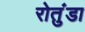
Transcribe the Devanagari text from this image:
रोतुंडा